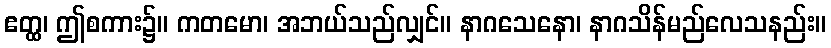
ဧတ္ထ၊ ဤစကား၌။ ကတမော၊ အဘယ်သည်လျှင်။ နာဂသေနော၊ နာဂသိန်မည်လေသနည်း။